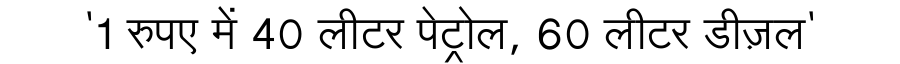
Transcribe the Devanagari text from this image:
'1 रुपए में 40 लीटर पेट्रोल, 60 लीटर डीज़ल'